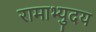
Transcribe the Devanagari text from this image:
रामाभ्युदय